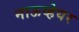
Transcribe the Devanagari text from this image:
नाऊव्हेयर